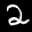
Label: 2